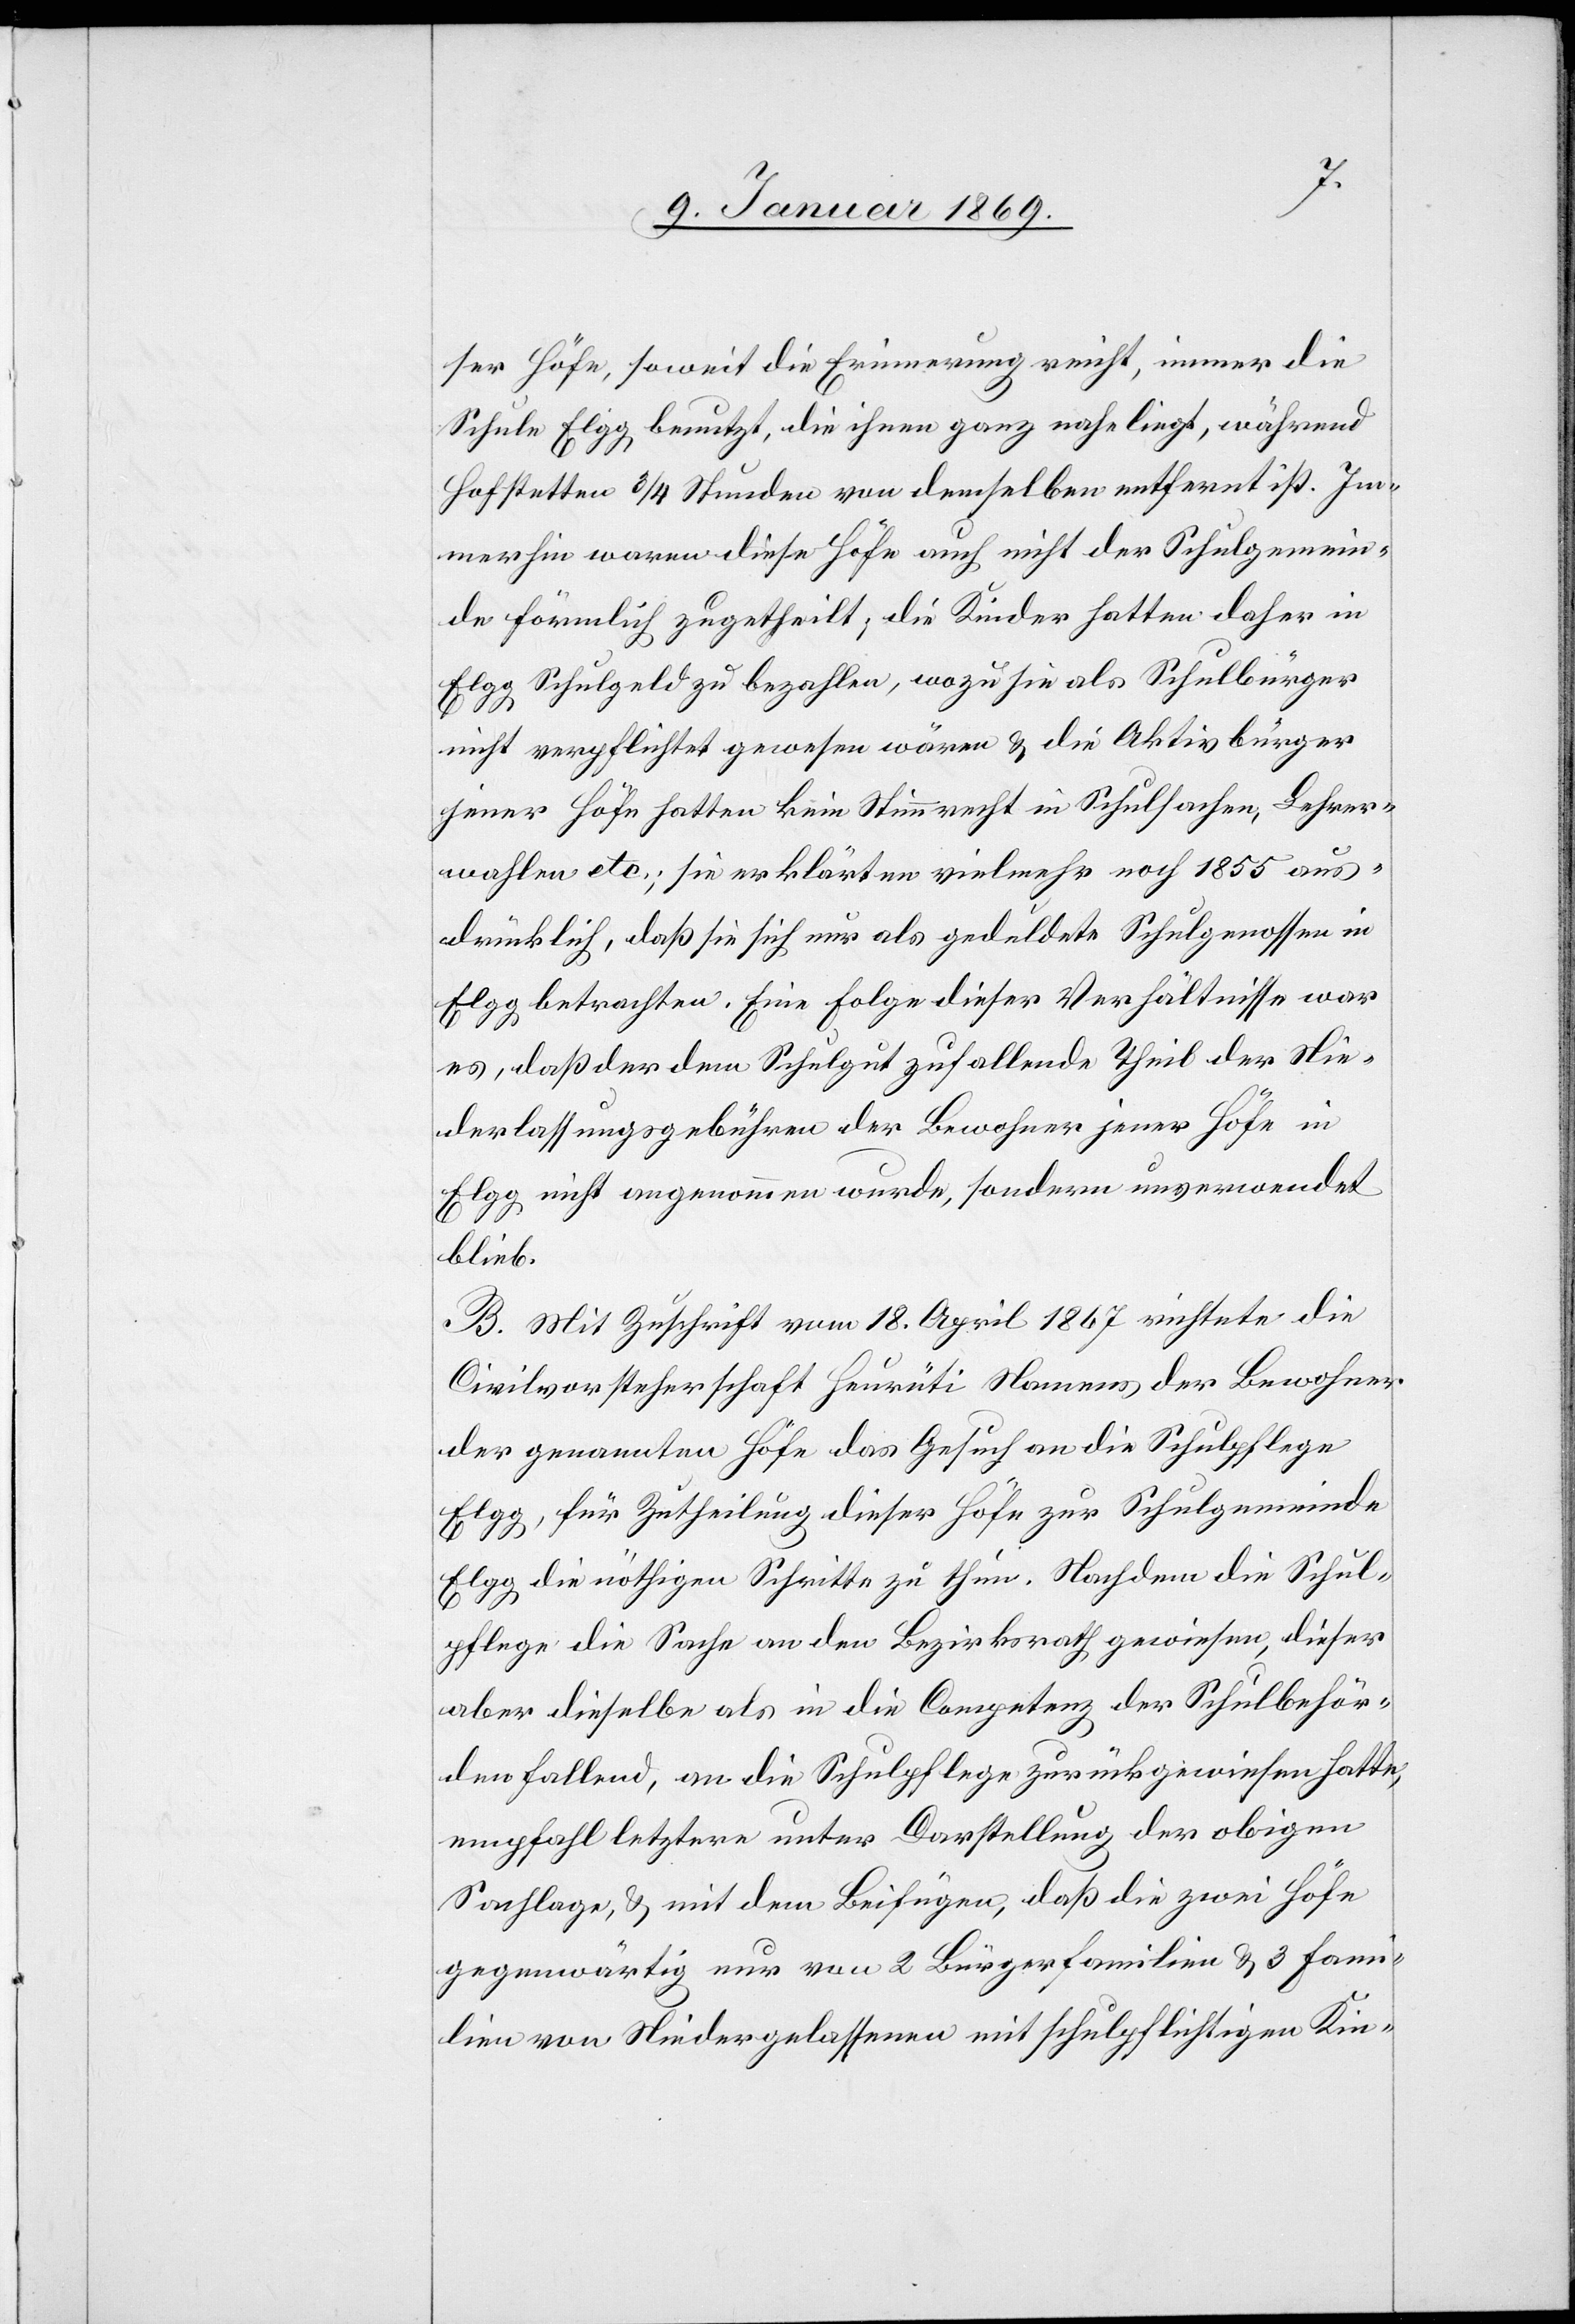
ser Höfe, soweit die Erinnerung reicht, immer die
Schule Elgg, benutzt, die ihnen ganz naheliegt, während
Hofstetten 3/4 Stunden von demselben entfernt ist. Im¬
merhin waren diese Höfe auch nicht der Schulgemein¬
de förmlich zugetheilt, die Kinder hatten daher in
Elgg Schulgeld zu bezahlen, wozu sie als Schulbürger
nicht verpflichtet gewesen wären & die Aktivbürger
jener Höfe hatten kein Stimmrecht in Schulsachen, Lehrer¬
wahlen etc; sie erklärten vielmehr noch 1855 aus¬
drücklich, daß sie sich nur als geduldete Schulgenoßen in
Elgg betrachten. Eine Folge dieser Verhältnisse war
es, daß der dem Schulgut zufallende Theil der Nie¬
derlassungsgebühren der Bewohner jener Höfe in
Elgg nicht angenommen wurde, sondern unverwendet
blieb.
B. Mit Zuschrift vom 18. April 1867 richtete die
Civilvorsteherschaft Heurüti Namens der Bewohner
der genannten Höfe das Gesuch an die Schulpflege
Elgg, für Zutheilung dieser Höfe zur Schulgemeinde
Elgg, die nöthigen Schritte zu thun. Nachdem die Schul¬
pflege die Sache an den Bezirksrath gewiesen, dieser
aber dieselbe als in die Competenz der Schulbehör¬
den fallend, an die Schulpflege zurückgewiesen hatte,
empfahl letztere unter Darstellung der obigen
Vorlage, & mit dem Beifügen, daß die zwei Höfe
gegenwärtig nur von 2 Bürgerfamilien & 3 Fami¬
lien von Niedergelassenen mit schulpflichtigen Kin-